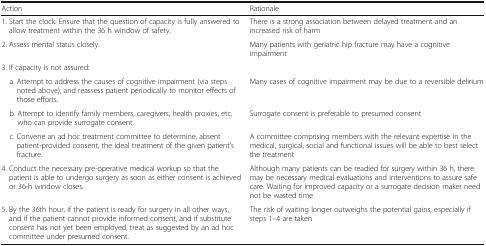
<table><thead><tr><td><b>Action</b></td><td><b>Rationale</b></td></tr></thead><tbody><tr><td>1. Start the clock. Ensure that the question of capacity is fully answered to allow treatment within the 36 h window of safety.</td><td>There is a strong association between delayed treatment and an increased risk of harm</td></tr><tr><td>2. Assess mental status closely.</td><td>Many patients with geriatric hip fracture may have a cognitive impairment</td></tr><tr><td colspan="2">3. If capacity is not assured:</td></tr><tr><td> a. Attempt to address the causes of cognitive impairment (via steps noted above), and reassess patient periodically to monitor effects of those efforts.</td><td>Many cases of cognitive impairment may be due to a reversible delirium</td></tr><tr><td> b. Attempt to identify family members, caregivers, health proxies, etc. who can provide surrogate consent.</td><td>Surrogate consent is preferable to presumed consent</td></tr><tr><td> c. Convene an ad hoc treatment committee to determine, absent patient-provided consent, the ideal treatment of the given patient’s fracture.</td><td>A committee comprising members with the relevant expertise in the medical, surgical, social and functional issues will be able to best select the treatment</td></tr><tr><td>4. Conduct the necessary pre-operative medical workup so that the patient is able to undergo surgery as soon as either consent is achieved or 36-h window closes.</td><td>Although many patients can be readied for surgery within 36 h, there may be necessary medical evaluations and interventions to assure safe care. Waiting for improved capacity or a surrogate decision maker need not be wasted time</td></tr><tr><td>5. By the 36th hour, if the patient is ready for surgery in all other ways, and if the patient cannot provide informed consent, and if substitute consent has not yet been employed, treat as suggested by an ad hoc committee under presumed consent.</td><td>The risk of waiting longer outweighs the potential gains, especially if steps 1–4 are taken</td></tr></tbody></table>